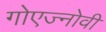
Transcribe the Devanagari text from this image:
गोएज्नोवी